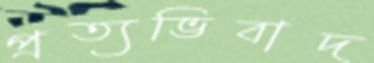
প্রত্যভিবাদ